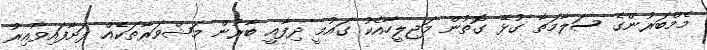
މެމްބަރުންގެ ސަލާމަތާ ގުޅޭ ގޮތުން މަޖިލީހާއެކު ގައުމީ ދިފާއީ ބާރުން މަޝްވަރާތަކެއް ފަށާފައިވާއިރު